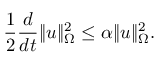
\frac { 1 } { 2 } \frac { d } { d t } \| u \| _ { \Omega } ^ { 2 } \leq \alpha \| u \| _ { \Omega } ^ { 2 } .